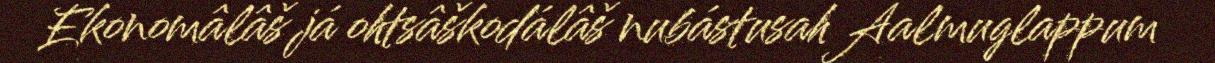
Ekonomâlâš já ohtsâškodálâš nubástusah Aalmuglappum